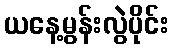
ယနေ့မွန်းလွဲပိုင်း